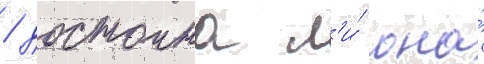
/ достоина л'и́ она́